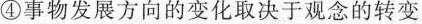
④事物发展方向的变化取决于观念的转变